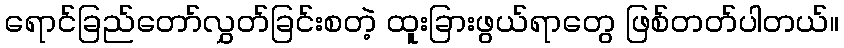
ရောင်ခြည်တော်လွှတ်ခြင်းစတဲ့ ထူးခြားဖွယ်ရာတွေ ဖြစ်တတ်ပါတယ်။